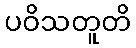
ပဝိသတူတိ